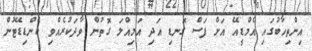
އިންތިހާބުގައި އެމްޑީއޭ އަށް ފަސް ގޮނޑި އަދި އަމިއްލަ ގޮތުން ވާދަކުރެއްވި ކެންޑިޑޭޓުން